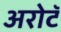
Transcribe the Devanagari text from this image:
अरोटॅ